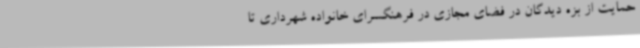
حمایت از بزه دیدگان در فضای مجازی در فرهنگسرای خانواده شهرداری تا